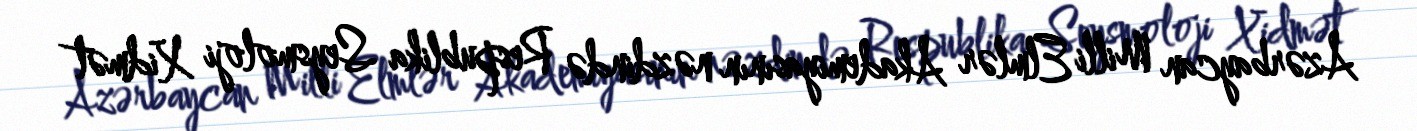
Azərbaycan Milli Elmlər Akademiyasının nəzdində Respublika Seysmoloji Xidmət